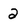
Character: 2